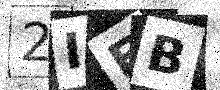
Text: 2IEB